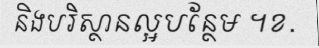
និងបរិស្ថានល្អបន្ថែម ។ខ.